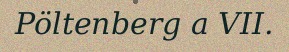
Pöltenberg a VII.